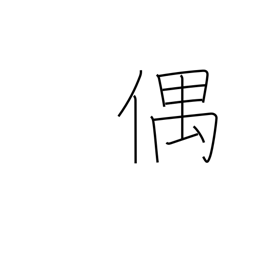
Meaning: accidentally